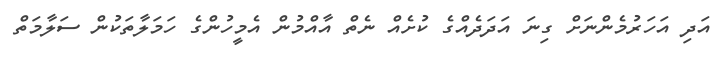
އަދި އަހަރުމެންނަށް ގިނަ އަދަދެއްގެ ކުށެއް ނެތް އާއްމުން އެމީހުންގެ ހަމަލާތަކުން ސަލާމަތް